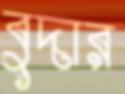
বুদার